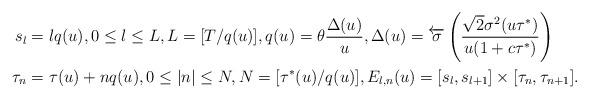
LaTeX: \begin{align*}s_{l} &= lq(u),0\le l\le L,L = [T/q(u)],q(u) = \theta \frac{\Delta(u)}{u}, \Delta(u)=\overleftarrow{\sigma}\left(\frac{\sqrt{2}\sigma^2(u\tau^*)}{u(1+c\tau^*)}\right)\\\tau_n &= \tau(u)+ nq(u),0\le |n|\le N,N = [\tau^*(u)/q(u)], E_{l,n}(u)=[s_l,s_{l+1}]\times[\tau_n, \tau_{n+1}].\end{align*}